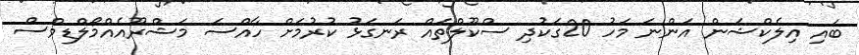
ބައި އިލެކްޝަން އަންނަ މަހު 20ގަކުދި ސްކޫލްތައް ރަނގަޅު ކުރުމަށް ހާއްސަ މަޝްރޫއެއްމޯލްޑިވްސް